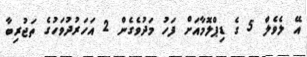
އޭ ލެވެލް 5 ގެ ޑިޕްލޮމާއަށް ފަހު މަދުވެގެން 2 އަހަރުދުވަހުގެ ތަޖުރިބާ